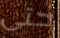
حتى